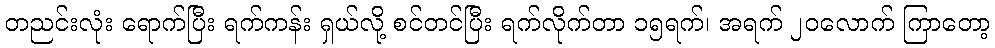
တညင်းလုံး ရောက်ပြီး ရက်ကန်း ရှယ်လို့ စင်တင်ပြီး ရက်လိုက်တာ ၁၅ရက်၊ အရက် ၂၀လောက် ကြာတော့